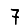
Digit: 7